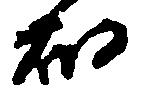
畑